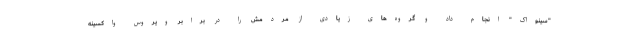
"سینواک" انجام داد و گروه‌های زیادی از مردمش را در برابر ویروس واکسینه